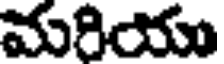
మరియు